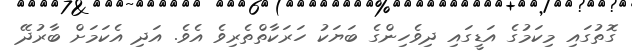
ގޮތުގައި މިކަމުގެ އަޑީގައި ދިވެހިންގެ ބަޔަކު ހަރަކާތްތެރިވެ އެވެ. އަދި އެކަމަށް ބާރުދޭ